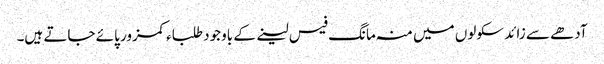
آدھے سے زائد سکولوں میں منہ مانگ فیس لینے کے باوجود طلباء کمزور پائے جاتے ہیں۔